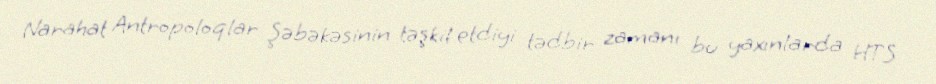
Narahat Antropoloqlar Şəbəkəsinin təşkil etdiyi tədbir zamanı bu yaxınlarda HTS